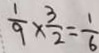
\frac { 1 } { 9 } \times \frac { 3 } { 2 } = \frac { 1 } { 6 }